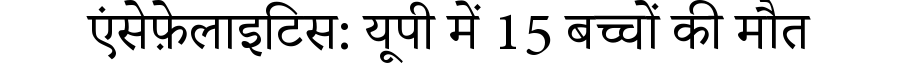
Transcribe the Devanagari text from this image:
एंसेफ़ेलाइटिस: यूपी में 15 बच्चों की मौत